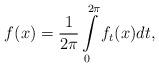
LaTeX: \begin{align*}f(x)=\frac{1}{2\pi}\int\limits_{0}^{2\pi}f_{t}(x)dt,\end{align*}